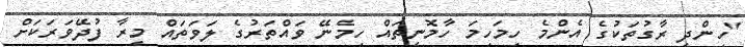
"ހިންދީ ރާގުތަކުގެ އެންމެ ހިމަހިމަ ހާމޮނީތައް ހިމެނޭ ވައްތަރުގެ ލަވަތައް މީރާ ފުދޭވަރަކަށް